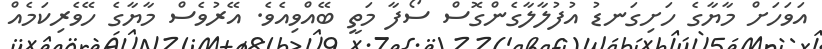
އަވަހަށް މާޔާގެ ހަށިގަނޑު އުފުލާލާގެންގޮސް ސޯފާ މަތީ ބޭއްވިއެވެ. އޭރުވެސް މާޔާގެ ހޭވެރިކަމެއް